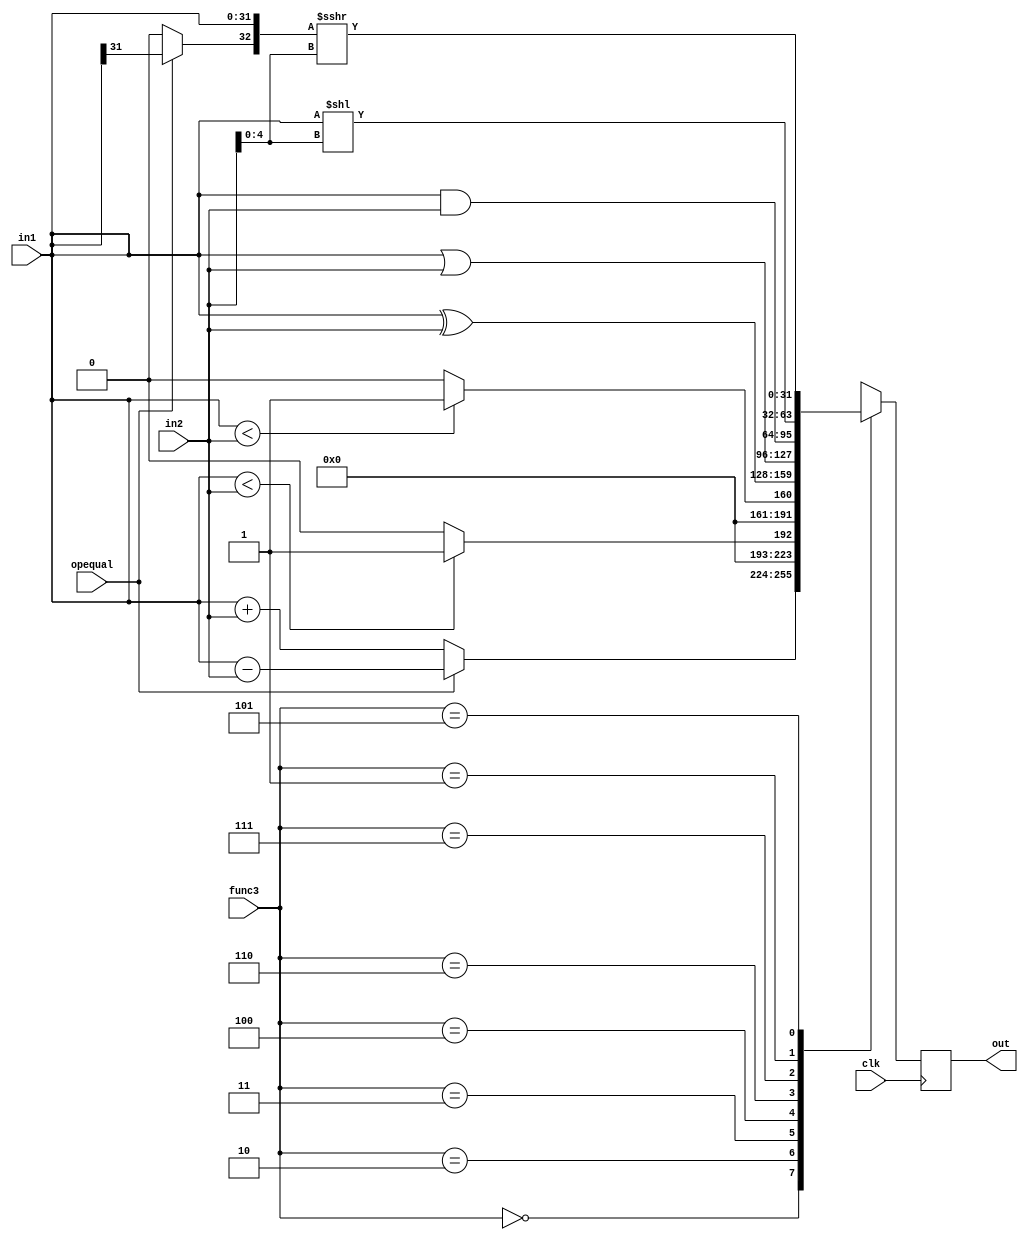
///////////////////////////////////////////
// Module alu.v                                            
// Info:  Verilog Code for ALU
//        Covers All R - Type Instructions 
///////////////////////////////////////////

module alu
(   
    input        clk,
    input [31:0] in1,
    input [31:0] in2,
    input [2:0] func3,    // Control Signal op: [14:12]
    input      opequal,   // Operation Qualification (+/-, Logical/Arithmetic)
    output reg [31:0] out // ALU result
);
    always@(posedge clk) begin
        case(func3)
            3'b000: out = opequal ? in1 - in2 : in1 + in2;                        // ADD/SUB
            3'b010: out = ($signed(in1) < $signed(in2)) ? 32'b1 : 32'b0;          // SLT
            3'b011: out = (in1 < in2) ? 32'b1 : 32'b0;                            // SLTU
            3'b100: out = in1 ^ in2;                                              // XOR
            3'b110: out = in1 | in2;                                              // OR
            3'b111: out = in1 & in2;                                              // AND
            3'b001: out = in1 << in2[4:0];                                        // SLL
            3'b101: out =  $signed({opequal ? in1[31] : 1'b0, in1}) >>> in2[4:0]; // SRL/SRA
        endcase
    end
endmodule